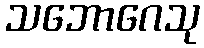
သဘောဂေသု